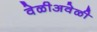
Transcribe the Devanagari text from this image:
वेळीअवेळी